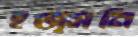
হজ্সনি